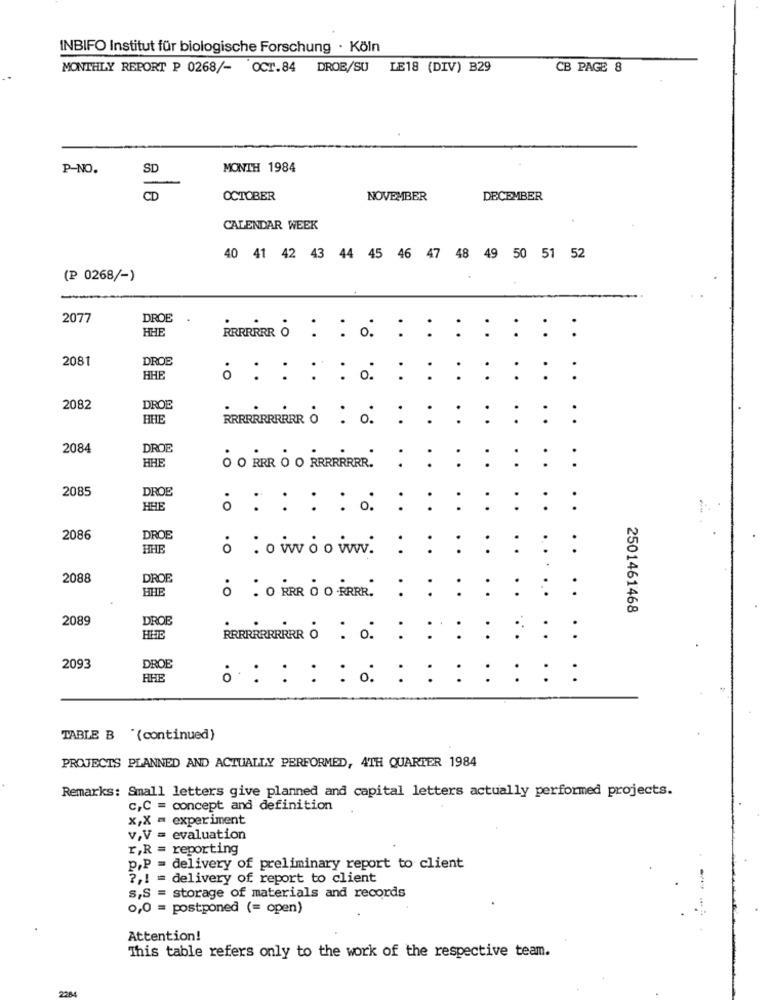
INBIFO Institut für biologische Forschung · Köln
MONTHLY REPORT P 0268/- OCT.84 DROB/SU LE18 (DIV) B29
CB PAGE 8
P-NO.
SD
MONTH 1984
CD
OCTOBER
NOVEMBER
DECEMBER
CALENDAR WEEK
40 41 42 43 44 45 46 47 48 49 50 51 52
(P 0268/-)
2077
DROE
HHE
RRRRRRR O : : : : :
: : : : :
2081
DROE
HHE
. O
2082
DROE
BHE
2084
DROE
HHE
¿ O RER O O R. : :
: : :
2085
DROE
HHE
. O
2086
DROE
HHE
·O
owoowww.
2088
DROE
BHE
8 . O RRR O O RRRR. : : : : : : :
2501461468
2089
DROB
HHE
RRRRRRRRRRR 6 : : : : : : : : :
2093
DROE
HHE
. O
TABLE B "(continued)
PROJECTS PLANNED AND ACTUALLY PERFORMED, 4TH QUARTER 1984
Remarks: Small letters give planned and capital letters actually performed projects.
c,C = concept and definition
x,X = experiment
v,V = evaluation
r,R = reporting
p.P = delivery of preliminary report to client
?, 1 = delivery of report to client
S,S = storage of materials and records
0,0 = postponed (= open)
Attention!
This table refers only to the work of the respective team.